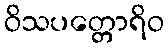
ဝိသပတ္တောရိဝ